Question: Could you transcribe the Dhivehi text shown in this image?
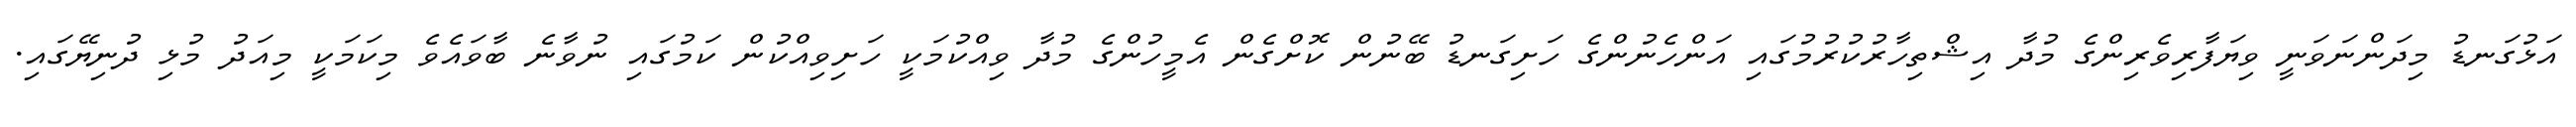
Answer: އަޅުގަނޑު މިދަންނަވަނީ ވިޔަފާރިވެރިންގެ މުދާ އިޝްތިހާރުކުރުމުގައި އަންހެނުންގެ ހަށިގަނޑު ބޭނުން ކޮށްގެން އެމީހުންގެ މުދާ ވިއްކުމަކީ ހަށިވިއްކުން ކަމުގައި ނުވާނެ ބާވައެވެ މިކަމަކީ މިއަދު މުޅި ދުނިޔޭގައި.